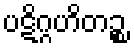
ပဋိဂ္ဂဟိတဉ္စ